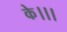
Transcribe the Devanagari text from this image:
के।।।